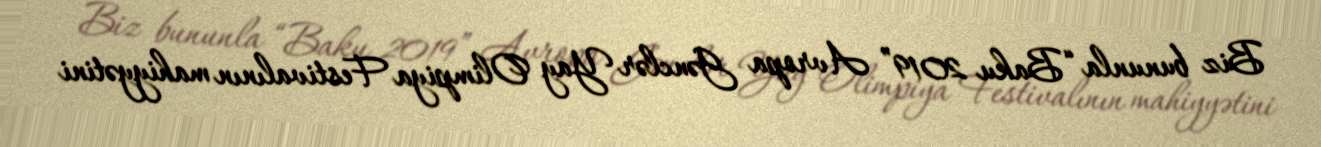
Biz bununla “Baku 2019” Avropa Gənclər Yay Olimpiya Festivalının mahiyyətini